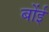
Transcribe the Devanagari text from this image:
बोंई